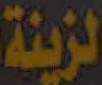
لزينة